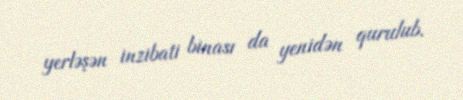
yerləşən inzibati binası da yenidən qurulub.